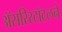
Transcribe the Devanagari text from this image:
अॅसरिस्टॉटलने